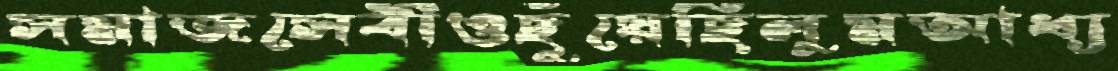
সমাজসেবীওছুঁয়েছিলুমআধ্য